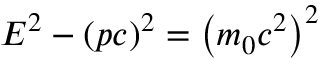
E ^ { 2 } - ( p c ) ^ { 2 } = \left( m _ { 0 } c ^ { 2 } \right) ^ { 2 }